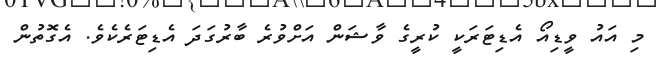
މި އައު ވީޑިއޯ އެޑިޓަރަކީ ކުރީގެ ވާޝަން އަށްވުރެ ބާރުގަދަ އެޑިޓަރެކެވެ. އެގޮތުން